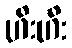
ဟီးဟီး